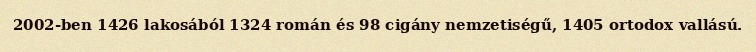
2002-ben 1426 lakosából 1324 román és 98 cigány nemzetiségű, 1405 ortodox vallású.